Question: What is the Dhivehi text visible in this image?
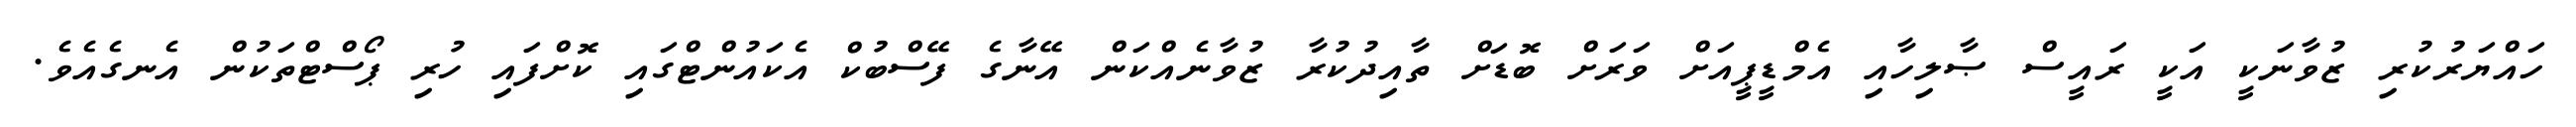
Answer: ހައްޔަރުކުރި ޒުވާނަކީ އަކީ ރައީސް ޞާލިހާއި އެމްޑީޕީއަށް ވަރަށް ބޮޑަށް ތާއިދުކުރާ ޒުވާނެއްކަން އޭނާގެ ފޭސްބުކް އެކައުންޓްގައި ކޮށްފައި ހުރި ޕޯސްޓްތަކުން އެނގެއެވެ.